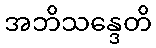
အဘိသန္ဒေတိ